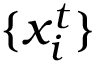
\{ x _ { i } ^ { t } \}